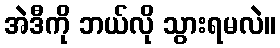
အဲဒီကို ဘယ်လို သွားရမလဲ။